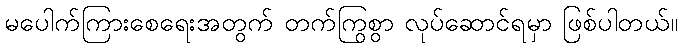
မပေါက်ကြားစေရေးအတွက် တက်ကြွစွာ လုပ်ဆောင်ရမှာ ဖြစ်ပါတယ်။